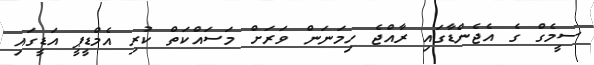
ސީމެގް ގެ އެޖެންޑާގައި ރާއްޖެ ހިމަނަން ވަރަށް މަސައްކަތް ކުރި އެމްޑީޕީ އަޑީގައި